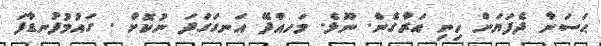
ޙަސަނާ ދެފަޔަށް ހިނި އަރާގެން. ނޫޅެ. މަހއްދޭ އަނގަގަދަ ނުކޮށް . ގައުމުފުނޑާފަ